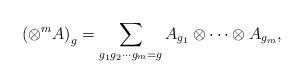
LaTeX: \begin{align*}\left(\otimes^mA\right)_g=\sum_{g_1g_2\cdots g_m=g}A_{g_1}\otimes\cdots\otimes A_{g_m},\end{align*}